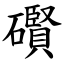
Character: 礥